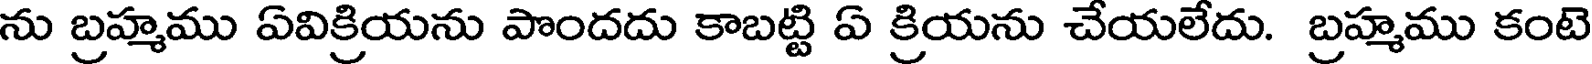
ను బ్రహ్మము ఏవిక్రియను పొందదు కాబట్టి ఏ క్రియను చేయలేదు. బ్రహ్మము కంటె